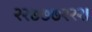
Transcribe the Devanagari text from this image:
२२७७७२२२।